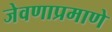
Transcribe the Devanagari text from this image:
जेवणाप्रमाणे